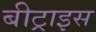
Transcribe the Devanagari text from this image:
बीट्राइस